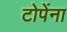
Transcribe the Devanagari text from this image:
टोपेंना